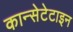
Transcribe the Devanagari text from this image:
कान्सेटेटाइन